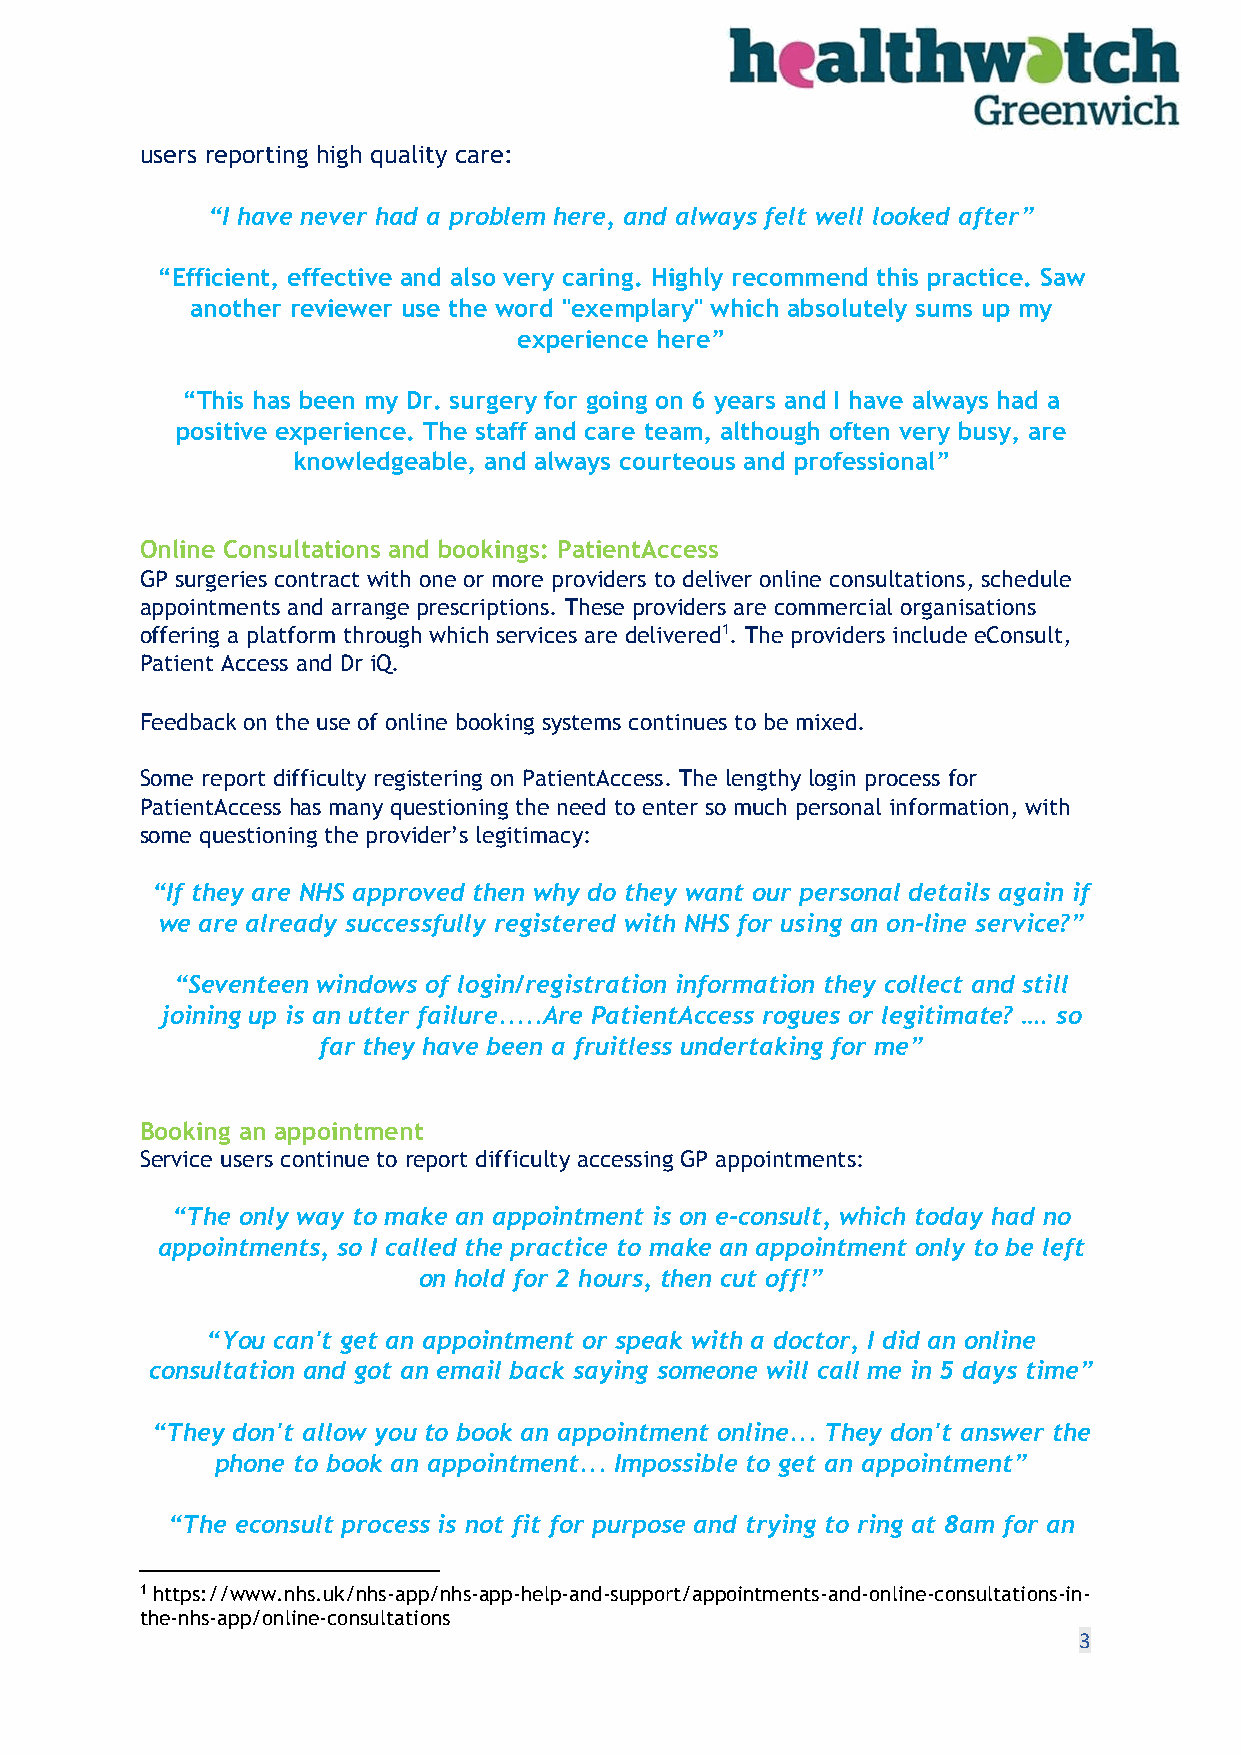
users reporting high quality care:
 “I have never had a problem here, and always felt well looked after”
 “Efficient, effective and also very caring. Highly recommend this practice. Saw
 another reviewer use the word "exemplary" which absolutely sums up my
 experience here”
 “This has been my Dr. surgery for going on 6 years and I have always had a
 positive experience. The staff and care team, although often very busy, are
 knowledgeable, and always courteous and professional”
 Online Consultations and bookings: PatientAccess
 GP surgeries contract with one or more providers to deliver online consultations, schedule
 appointments and arrange prescriptions. These providers are commercial organisations
 offering a platform through which services are delivered1. The providers include eConsult,
 Patient Access and Dr iQ.
 Feedback on the use of online booking systems continues to be mixed.
 Some report difficulty registering on PatientAccess. The lengthy login process for
 PatientAccess has many questioning the need to enter so much personal information, with
 some questioning the provider’s legitimacy:
 “If they are NHS approved then why do they want our personal details again if
 we are already successfully registered with NHS for using an on-line service?”
 “Seventeen windows of login/registration information they collect and still
 joining up is an utter failure.....Are PatientAccess rogues or legitimate? …. so
 far they have been a fruitless undertaking for me”
 Booking an appointment
 Service users continue to report difficulty accessing GP appointments:
 “The only way to make an appointment is on e-consult, which today had no
 appointments, so I called the practice to make an appointment only to be left
 on hold for 2 hours, then cut off!”
 “You can't get an appointment or speak with a doctor, I did an online
 consultation and got an email back saying someone will call me in 5 days time”
 “They don't allow you to book an appointment online... They don't answer the
 phone to book an appointment... Impossible to get an appointment”
 “The econsult process is not fit for purpose and trying to ring at 8am for an
 1 https://www.nhs.uk/nhs-app/nhs-app-help-and-support/appointments-and-online-consultations-in-
 the-nhs-app/online-consultations
 3